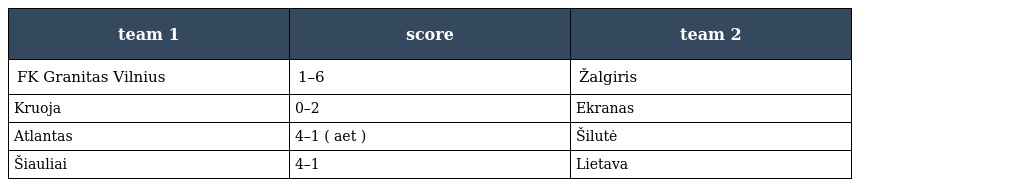
| team 1 | score | team 2 |
 | --- | --- | --- |
 | FK Granitas Vilnius | 1–6 | Žalgiris |
 | Kruoja | 0–2 | Ekranas |
 | Atlantas | 4–1 ( aet ) | Šilutė |
 | Šiauliai | 4–1 | Lietava |